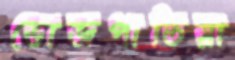
ভোজপাতিয়া